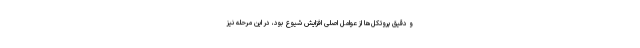
و دقیق پروتکل‌ها از عوامل اصلی افزایش شیوع بود، در این مرحله نیز